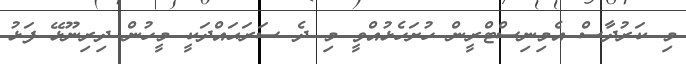
މި ކަރުދާސް އެމިނިސްޓްރީން ހުށަހެޅުއްވީ މި ދެ ސަރަޙައްދަކީ މީހުން ދިރިނޫޅޭ ފަޅު